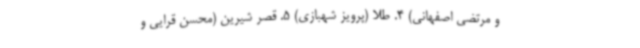
و مرتضی اصفهانی) 4. طلا (پرویز شهبازی) 5. قصر شیرین (محسن قرایی و